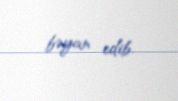
bəyan edib.